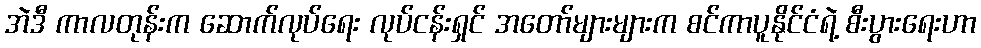
အဲဒီ ကာလတုန်းက ဆောက်လုပ်ရေး လုပ်ငန်းရှင် အတော်များများက စင်ကာပူနိုင်ငံရဲ့ စီးပွားရေးဟာ